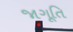
જાગૂતિ